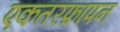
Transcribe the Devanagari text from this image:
एकतरफ़ापन